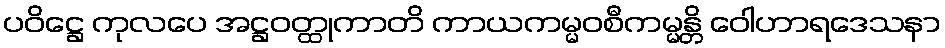
ပဝိဋ္ဌေ ကုလပေ အဋ္ဌဝတ္ထုကာတိ ကာယကမ္မဝစီကမ္မန္တိ ဝေါဟာရဒေသနာ